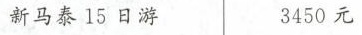
新马泰15日游 3450元